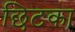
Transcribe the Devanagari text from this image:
छिटका